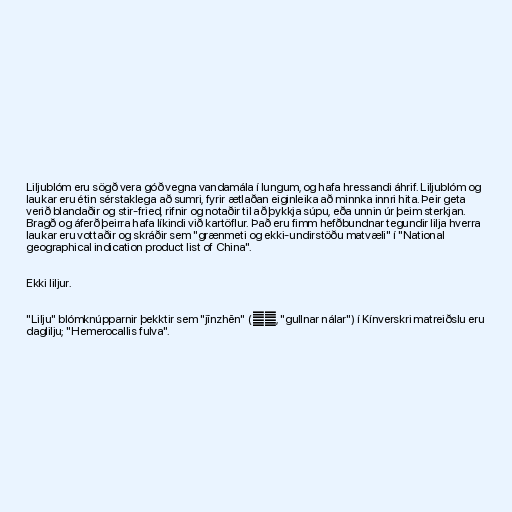
Liljublóm eru sögð vera góð vegna vandamála í lungum, og hafa hressandi áhrif. Liljublóm og
laukar eru étin sérstaklega að sumri, fyrir ætlaðan eiginleika að minnka innri hita. Þeir geta
verið blandaðir og stir-fried, rifnir og notaðir til að þykkja súpu, eða unnin úr þeim sterkjan.
Bragð og áferð þeirra hafa líkindi við kartöflur. Það eru fimm hefðbundnar tegundir lilja hverra
laukar eru vottaðir og skráðir sem "grænmeti og ekki-undirstöðu matvæli" í "National
geographical indication product list of China".

Ekki liljur.

"Lilju" blómknúpparnir þekktir sem "jīnzhēn" (金针, "gullnar nálar") í Kínverskri matreiðslu eru
daglilju; "Hemerocallis fulva".